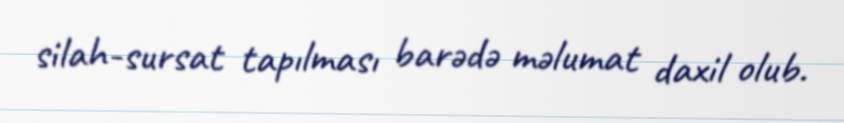
silah-sursat tapılması barədə məlumat daxil olub.